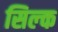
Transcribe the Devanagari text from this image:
सिल्‍क